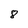
Character: 8